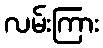
လမ်းကြား